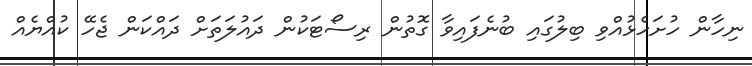
ނިހާން ހުށަހެޅުއްވި ބިލުގައި ބުނެފައިވާ ގޮތުން ރިސޯޓަކުން ދައުލަތަށް ދައްކަން ޖެހޭ ކުއްޔެއް